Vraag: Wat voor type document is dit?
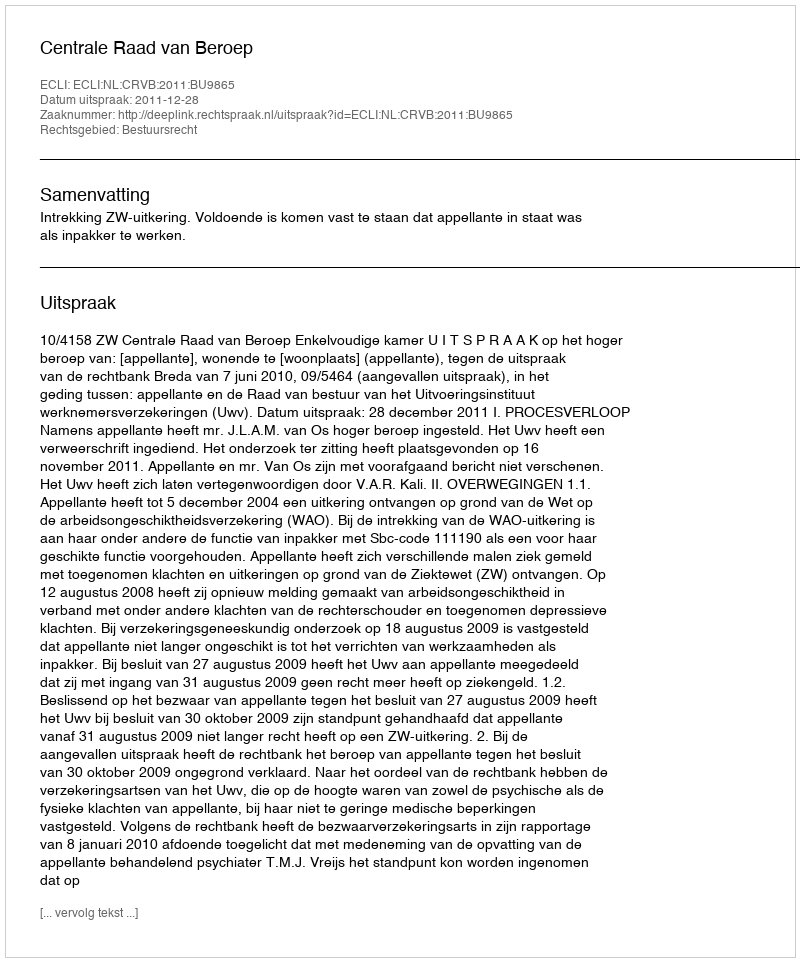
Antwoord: Uitspraak